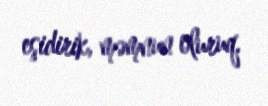
eşidirik, məmnun oluruq.